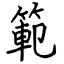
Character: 範